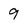
Character: 9